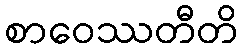
စာဝေဿတီတိ